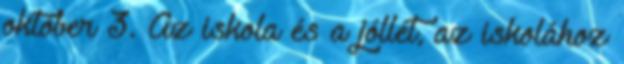
október 3. Az iskola és a jóllét, az iskolához